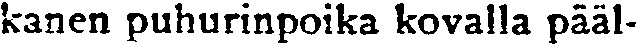
kanen puhurinpoika kovalla pääl-